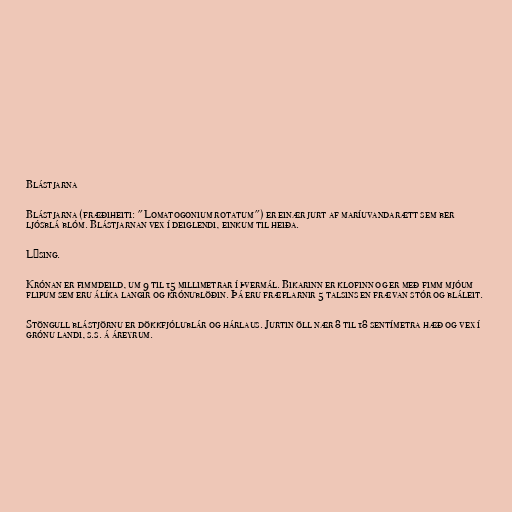
Blástjarna

Blástjarna (fræðiheiti: "Lomatogonium rotatum") er einær jurt af maríuvandarætt sem ber
ljósblá blóm. Blástjarnan vex í deiglendi, einkum til heiða.

Lýsing.

Krónan er fimmdeild, um 9 til 15 millimetrar í þvermál. Bikarinn er klofinn og er með fimm mjóum
flipum sem eru álíka langir og krónublöðin. Þá eru fræflarnir 5 talsins en frævan stór og bláleit.

Stöngull blástjörnu er dökkfjólublár og hárlaus. Jurtin öll nær 8 til 18 sentímetra hæð og vex í
grónu landi, s.s. á áreyrum.